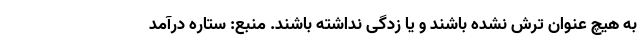
به هیچ عنوان ترش نشده باشند و یا زدگی نداشته باشند. منبع: ستاره درآمد